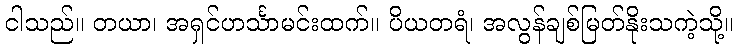
ငါသည်။ တယာ၊ အရှင်ဟင်္သာမင်းထက်။ ပိယတရံ၊ အလွန်ချစ်မြတ်နိုးသကဲ့သို့။